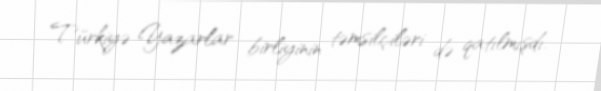
Türkiyə Yazarlar birliyinin təmsilçiləri də qatılmışdı.